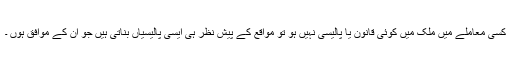
کسی معاملے میں ملک میں کوئی قانون یا پالیسی نہیں ہو تو مواقع کے پیش نظر ہی ایسی پالیسیاں بناتی ہیں جو ان کے موافق ہوں ۔